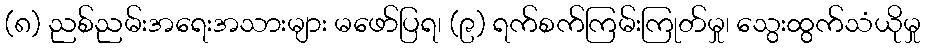
(၈) ညစ်ညမ်းအရေးအသားများ မဖော်ပြရ၊ (၉) ရက်စက်ကြမ်းကြုတ်မှု၊ သွေးထွက်သံယိုမှု